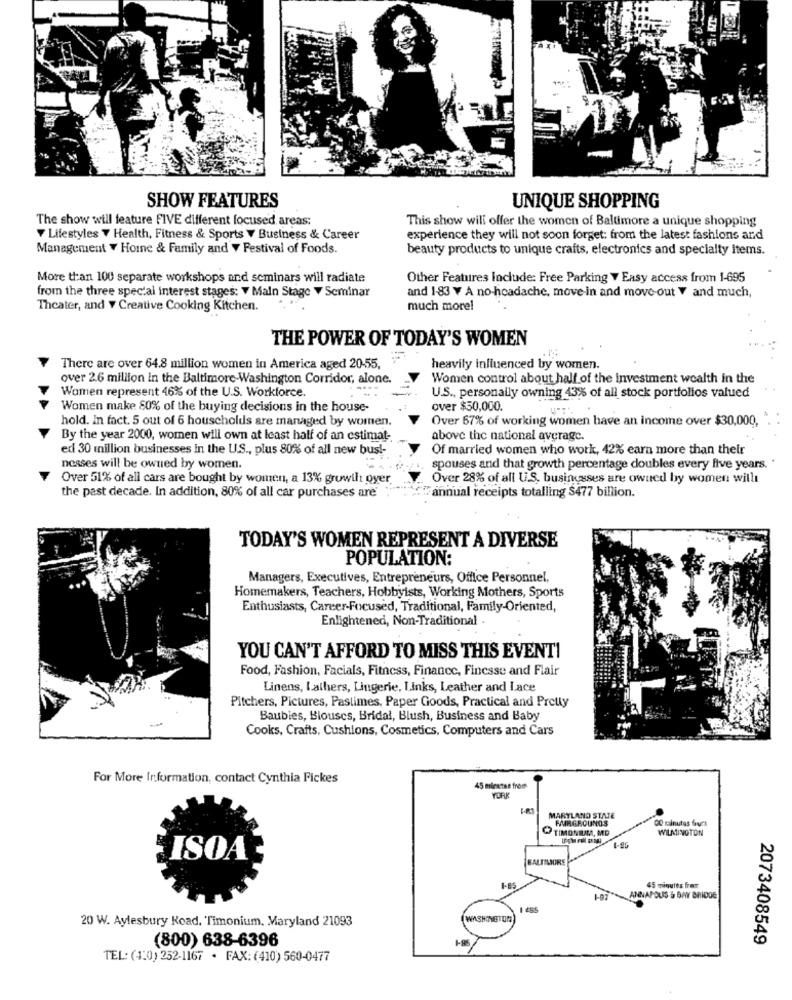
SHOW FEATURES
UNIQUE SHOPPING
The show will feature FIVE different focused areas:
This show will offer the women of Baltimore a unique shopping
Lifestyles 7 Health, Fitness & Sports V Business & Career
experience they will not soon forget: from the latest fashions and
Management Y Hoine & Family and V Festival of Foods.
beauty products to unique crafts, electronics and specialty items.
More than 100 separate workshops and seminars will radiate
Other Features Include: Free Parking y Easy access from 1-695
from the three special interest stages: V Main Stage . Seminar
and 1-83 V A no-headache, move-in and move-out V and much,
Theater, and y Creative Cooking Kitchen.
much more!
THE POWER OF TODAY'S WOMEN
There are over 64.8 million women in America aged 20-55,
heavily influenced by women.
over 2.6 million in the Baltimore-Washington Corridor, alone.
Women control about half of the investment wealth in the
Women represent 46% of the U.S. Workforce.
U.S ., personally owning 43% of all stock portfolios valued
Women make 80% of the buying decisions in the house-
over $50,000.
hold. In fact. 5 out of 6 households are managed by women.
Over 67% of working women have an income over $30,000,
By the year 2000, women will own at least half of an estimat-
above the national average.
ed 30 million businesses in the U.S ., plus 80% of all new bus !-
Of married women who work, 42% earn more than their
nesses will be owned by women.
spouses and that growth percentage doubles every five years.
Over 51% of all cars are bought by women, a 13% growth over
Over 28% of all U.S. businesses are owned by women will
the past decade. In addition, 80% of all car purchases are
#annual receipts totalling $477 billion.
TODAY'S WOMEN REPRESENT A DIVERSE
POPULATION:
Managers, Executives, Entrepreneurs, Office Personnel,
Homemakers, Teachers, Hobbyists, Working Mothers, Sports
Enthusiasts, Career-Focused, Traditional, Family-Oriented,
Enlightened, Non-Traditional
YOU CAN'T AFFORD TO MISS THIS EVENTI
Food, Fashion, Facials, Fitness, Finance, Finesse and Flair
Linens, Lathers, Lingerie, Links, Leather and Lace
Pitchers, Pictures, Pastimes, Paper Goods, Practical and Pretty
Baubles, Blouses, Bridal, Blush, Business and Baby
Cooks, Crafts, Cushions, Cosmetics, Computers and Cars
For More Information, contact Cynthia Fickes
45 minutse from
YORK
MARYLAND STATE
MIRGROUNDS
00 minutes fruct
TIMONILAMA, MD
WILMINGTON
ISOA
BALTIMORE
45 minutes frer
1-07
ANNAPOLIS & BAY BRIDGE
1 485
20 W. Aylesbury Road, Timonium, Maryland 21093
WASHINGTON
(800) 638-6396
2073408549
TEL: (41:0) 252-1167 · FAX: (410) 560-0477